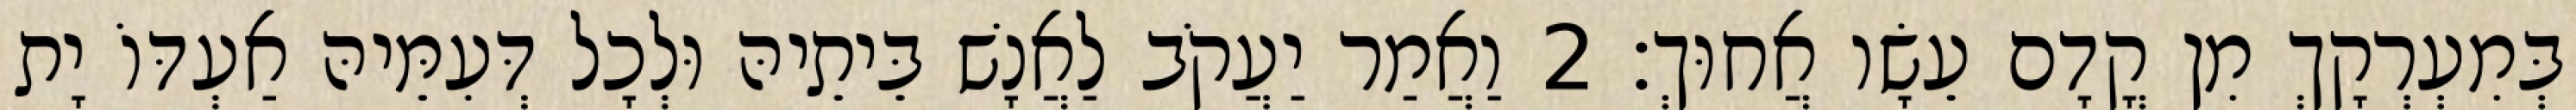
בְּמִעְרְקָךְ מִן קֳדָם עֵשָׂו אֲחוּךְ׃ 2 וַאֲמַר יַעֲקֹב לַאֲנָשׁ בֵּיתֵיהּ וּלְכָל דְּעִמֵּיהּ אַעְדּוֹ יָת